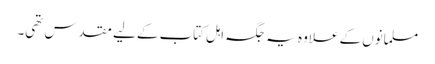
مسلمانوں کے علاوہ یہ جگہ اہل کتاب کے لیے مقدس تھی۔